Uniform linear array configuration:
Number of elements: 24
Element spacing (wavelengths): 1
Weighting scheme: hann
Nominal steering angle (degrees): -60
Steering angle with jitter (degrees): -59.982
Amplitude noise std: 0.05
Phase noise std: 0.05

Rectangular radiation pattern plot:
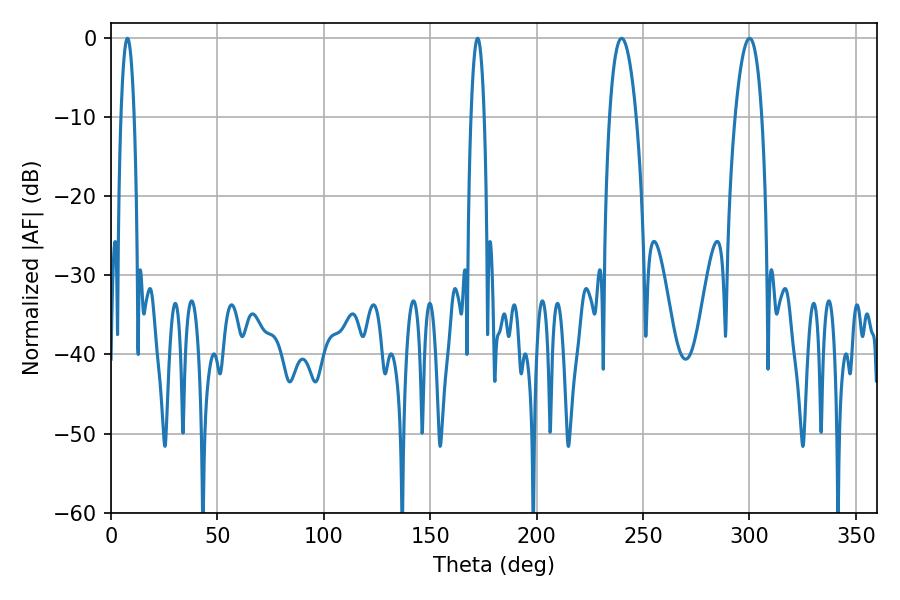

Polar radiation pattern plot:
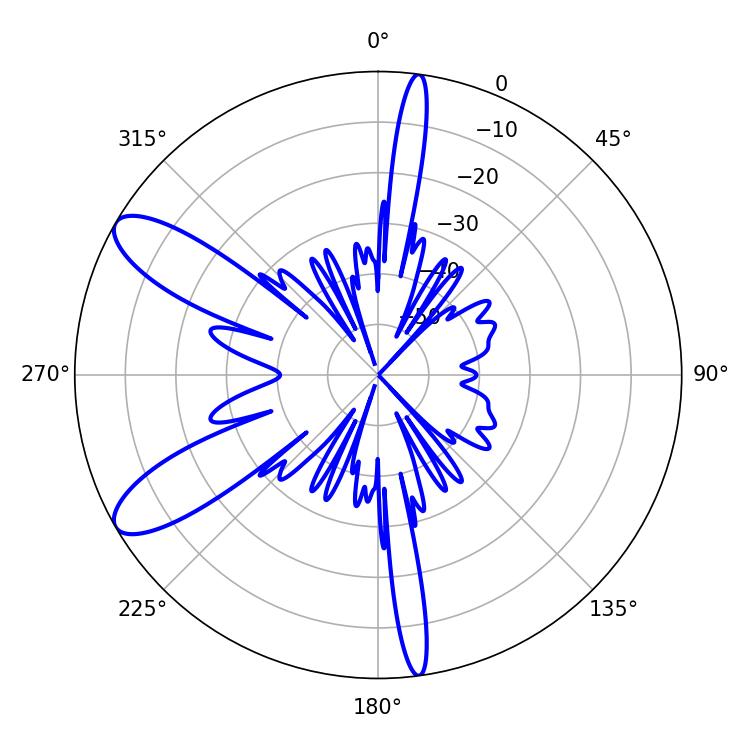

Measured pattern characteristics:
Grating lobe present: TRUE
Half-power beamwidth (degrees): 6.84
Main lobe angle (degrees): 239.94